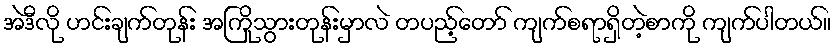
အဲဒီလို ဟင်းချက်တုန်း အကြိုသွားတုန်းမှာလဲ တပည့်တော် ကျက်စရာရှိတဲ့စာကို ကျက်ပါတယ်။